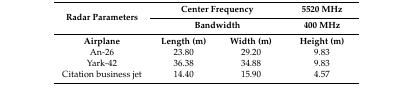
| <ROWSPAN=2> Radar Parameters | <COLSPAN=2> Center Frequency | 5520 MHz |
 | <COLSPAN=2> Bandwidth | 400 MHz |
 | Airplane | Length (m) | Width (m) | Height (m) |
 | --- | --- | --- | --- |
 | An-26 | 23.80 | 29.20 | 9.83 |
 | Yark-42 | 36.38 | 34.88 | 9.83 |
 | Citation business jet | 14.40 | 15.90 | 4.57 |